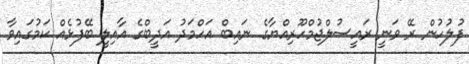
ފުލުހުން ރޭ ވަނީ ރައީސުލްޖުމްހޫރިއްޔާގެ ނައިބް އަހްމަދު އަދީބްގެ އާއިލީ ބޭފުޅެއް ކަމުގައިވާ